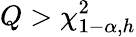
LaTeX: Q>\chi_{1-\alpha,h}^{2}